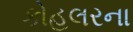
કોહલરના